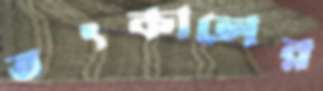
তৎকালের